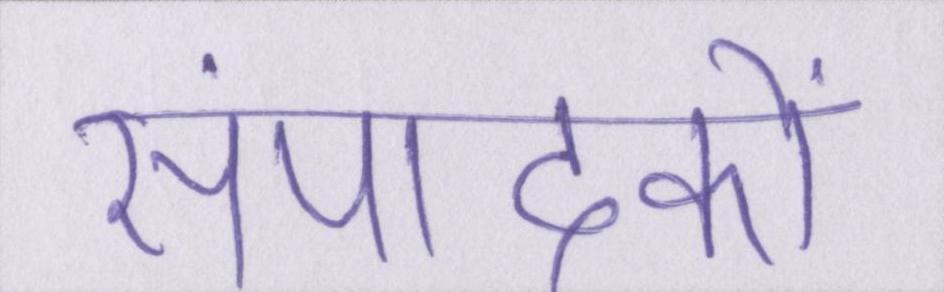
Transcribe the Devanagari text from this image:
संपादकों